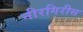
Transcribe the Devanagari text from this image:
नीरगिरीस